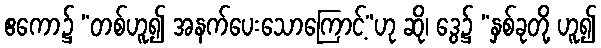
ဧကော၌ “တစ်ဟူ၍ အနက်ပေးသောကြောင့်”ဟု ဆို၊ ဒွေ၌ “နှစ်ခုတို့ ဟူ၍